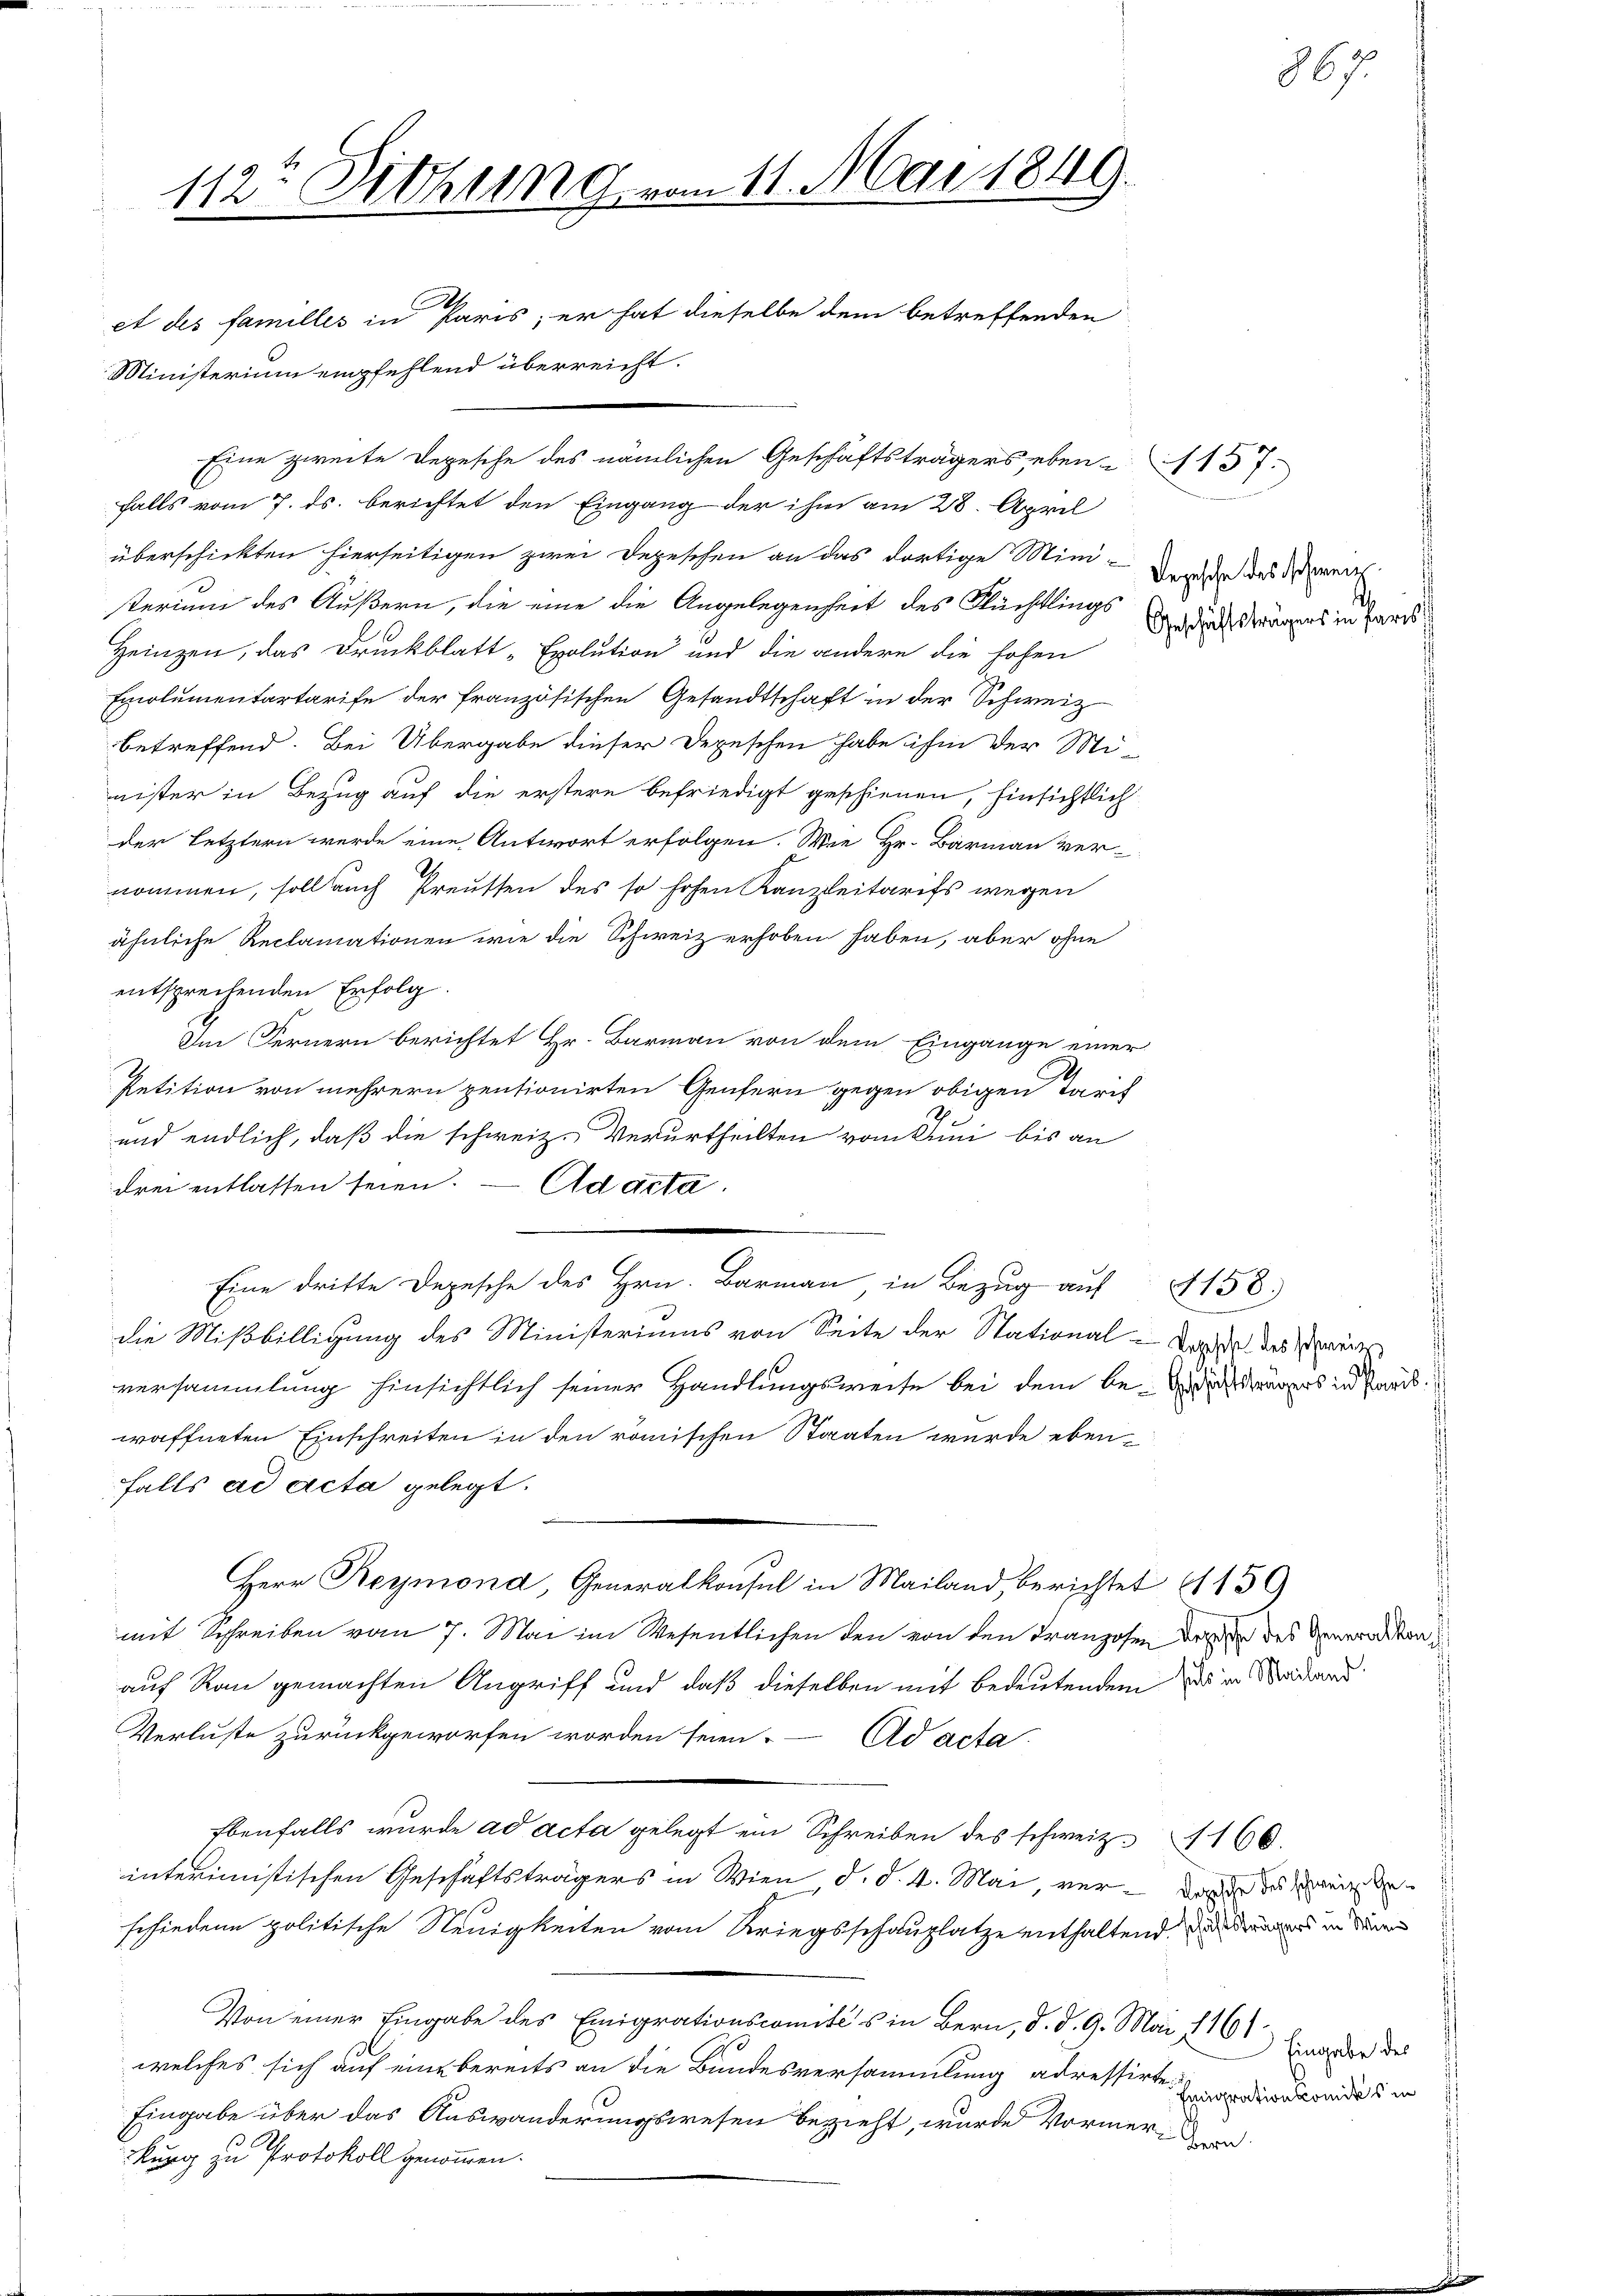
112te Sitzung vom 11. Mai 1849.
et des familles in Paris; er hat dieselbe dem betreffenden

Ministerium empfehlend überreicht.
falls vom 7. ds. berichtet den Eingang der ihm am 28. April
überschickten hierseitigen zwei Depeschen an das dortige Mini-
sterium des Äußern, die eine die Angelegenheit des Flüchtlings
Heinzen, das Druckblatt „Exolution und die andere die hohen
Emolumentartarife der französischen Gesandtschaft in der Schweiz
betreffend. Bei Übergabe dieser Depeschen habe ihm der Mi-
nister in Bezug auf die erstere befriedigt geschienen, hinsichtlich
der letztern werde eine Antwort erfolgen. Wie Hr. Barmann ver-
nommen, soll auch Preussen des so hohen Kanzleitarifs wegen
ähnliche Reclamationen wie die Schweiz erhoben haben, aber ohne
entsprechenden Erfolg.
Im Fernern berichtet Hr. Barmann von dem Eingange einer
Petition von mehrern pentionirten Genfern gegen obigen Tarif
und endlich, daß die schweiz. Verurtheilten vom Juni bis an
drei entlassen seien. — Ad acta.
Eine dritte Depesche des Hrn. Barmann, in Bezug auf § 158.
die Mißbilligung des Ministeriums von Seite der Stational-Tage des weit
versammlung hinsichtlich seiner Handlungsweise bei dem be- und deiners in Paris
waffneten Einschreiten in den römischen Staaten wurde ebenfalls ad acta gelegt.
Herr Reymond, Generalkonsul in Mailand, berichtet (139
mit Schreiben vom 7. Mai im Wesentlichen den von den Franzosen deren des Generaten
auf Rau gemachten Angriff und daß dieselben mit bedeutendem Das in Stadlers
Verluste zurückgeworfen worden seien. Ad acta
Ebenfalls wurde ad acta gelegt ein Schreiben des schweiz. 166.
interimistischen Geschäftsträgers in Wien d. d. 4. Mai, verwande du ein
schiedene politische Neuigkeiten vom Kriegsschauplatze enthaltend der in deren
Von einer Eingabe des Emigrationscomités in Bern, d. d. 9. Mai 1861
welches sich auf eine bereits an die Bundesversammlung adressirte Zardirende der
Eingabe über das Auswanderungswesen bezieht, wurde Vormerikan
Burg zu Protokoll genommen.

Eine zweite Depesche des nämlichen Geschäftsträgers, eben 1157.

Depesche des Schweiz.
Geschäftsträgers in Paris

867

Eingabe des